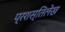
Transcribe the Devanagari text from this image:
प्रशस्तिलेख